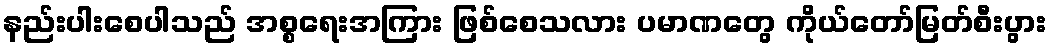
နည်းပါးစေပါသည် အစ္စရေးအကြား ဖြစ်စေသလား ပမာဏတွေ ကိုယ်တော်မြတ်စီးပွား